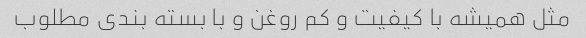
مثل همیشه با کیفیت و کم روغن و با بسته بندی مطلوب